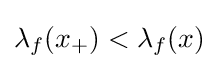
\lambda _{f}(x_{+})<\lambda _{f}(x)